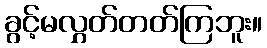
ခွင့်မလွှတ်တတ်ကြဘူး။